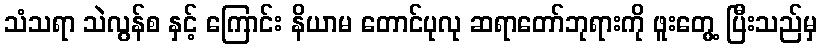
သံသရာ သဲလွန်စ နှင့် ကြောင်း နိယာမ တောင်ပုလု ဆရာတော်ဘုရားကို ဖူးတွေ့ ပြီးသည်မှ